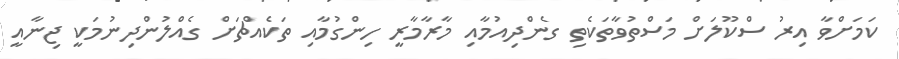
ކަމަށްވާ އިރު ސްކޫލަށް މަސްތުވާތަކެތި ގެންދިއުމާއި މާރާމާރީ ހިންގުމާއި ތަކެއްޗަށް ގެއްލުންދިނުމަކީ ޖިނާއީ